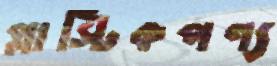
প্লাস্টিকপণ্য